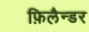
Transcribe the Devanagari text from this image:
फ़िलैन्डर